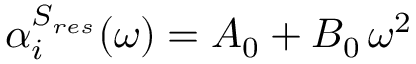
\alpha _ { i } ^ { S _ { r e s } } ( \omega ) = A _ { 0 } + B _ { 0 } \, \omega ^ { 2 }